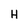
Character: H